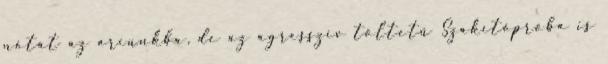
nótát az arcunkba, de az agresszív töltetű Szakítópróba is